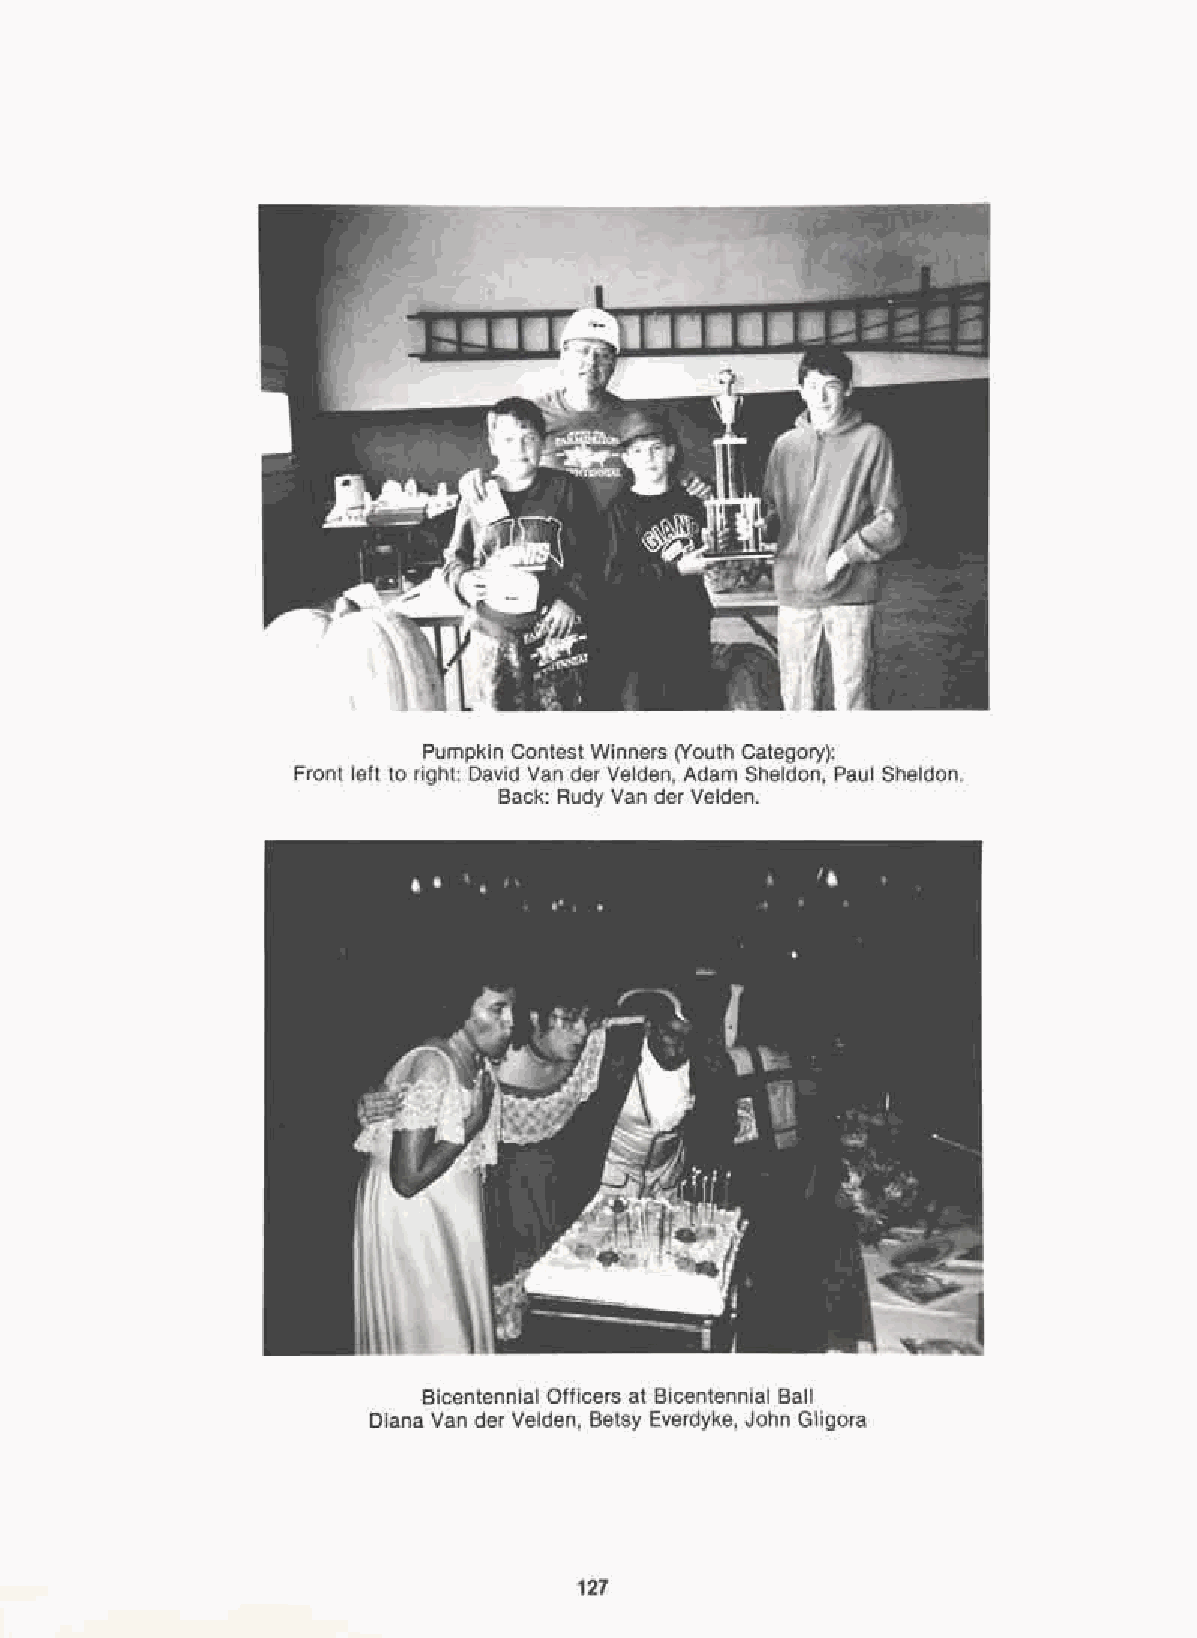
Pumpkin Contest Winners (Youth Category):
 Front left to right: David Van der Velden, Adam Sheldon, Paul Sheldon.
 Back: Rudy Van der Velden.
 Bicentennial Officers at Bicentennial Ball
 Diana Van der Velden, Betsy Everdyke, John Gligora
 127